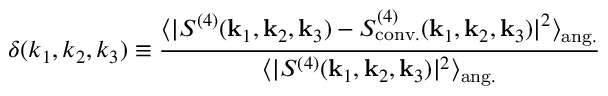
\delta ( k _ { 1 } , k _ { 2 } , k _ { 3 } ) \equiv \frac { \langle | S ^ { ( 4 ) } ( \mathbf { k } _ { 1 } , \mathbf { k } _ { 2 } , \mathbf { k } _ { 3 } ) - S _ { \mathrm { c o n v . } } ^ { ( 4 ) } ( \mathbf { k } _ { 1 } , \mathbf { k } _ { 2 } , \mathbf { k } _ { 3 } ) | ^ { 2 } \rangle _ { \mathrm { a n g . } } } { \langle | S ^ { ( 4 ) } ( \mathbf { k } _ { 1 } , \mathbf { k } _ { 2 } , \mathbf { k } _ { 3 } ) | ^ { 2 } \rangle _ { \mathrm { a n g . } } }